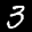
Label: 3